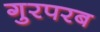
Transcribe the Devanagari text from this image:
गुरपरब